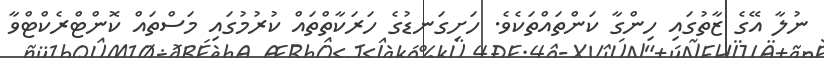
ނުލާ އޭގެ ޒާތުގައި ހިންގާ ކަންތައްތަކެވެ. ހަށިގަނޑުގެ ހަރަކާތްތައް ކުރުމުގައި މަސްތައް ކޮންޓްރެކްޓްވާ